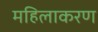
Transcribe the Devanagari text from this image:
महिलाकरण